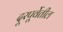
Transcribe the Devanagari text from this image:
दूरपूर्वेतील